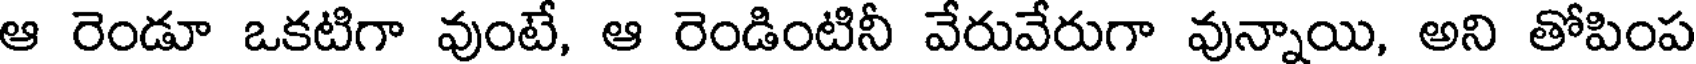
ఆ రెండూ ఒకటిగా వుంటే, ఆ రెండింటినీ వేరువేరుగా వున్నాయి, అని తోపింప